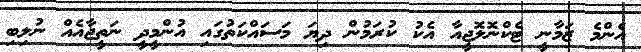
އެންމެ ޒަމާނީ ޓެކްނޮލޮޖީއާ އެކު ކުރަމުން ދިޔަ މަސައްކަތުގައި އުންމީދީ ނަތީޖާއެއް ނުލިބި